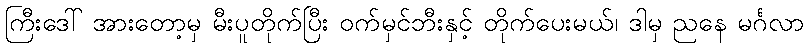
ကြီးဒေါ် အားတော့မှ မီးပူတိုက်ပြီး ဝက်မှင်ဘီးနှင့် တိုက်ပေးမယ်၊ ဒါမှ ညနေ မင်္ဂလာ